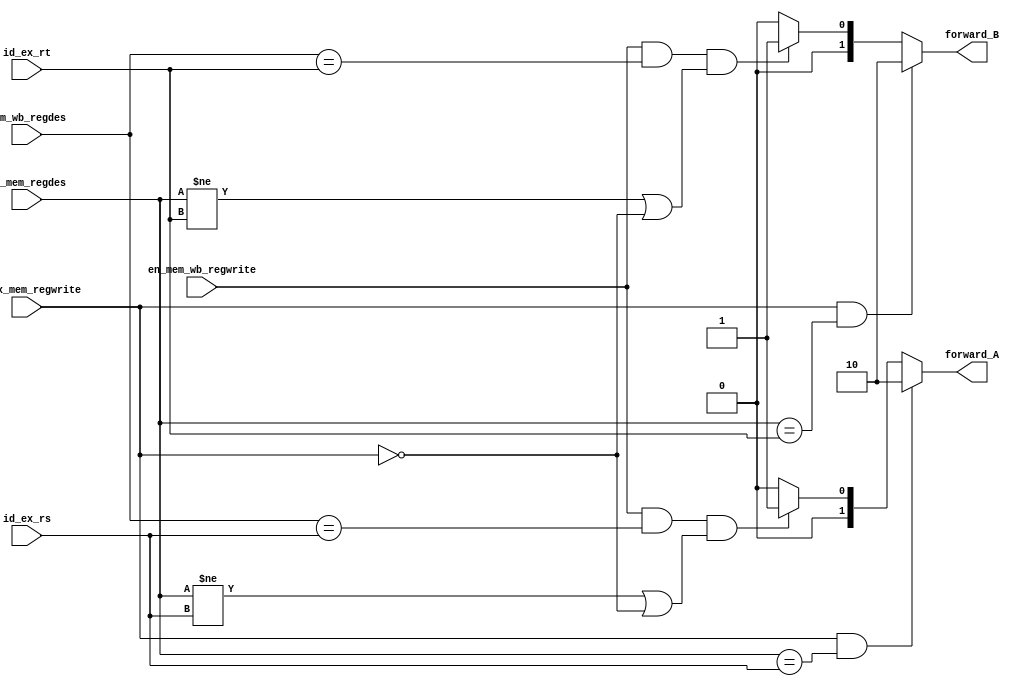
module forwarding_unit(
           input  wire      en_ex_mem_regwrite,
           input  wire[4:0] ex_mem_regdes,
           input  wire[4:0] id_ex_rs,
           input  wire[4:0] id_ex_rt,
           input  wire      en_mem_wb_regwrite,
           input  wire[4:0] mem_wb_regdes,

           output wire[1:0] forward_A,
           output wire[1:0] forward_B
       );

assign forward_A = (en_ex_mem_regwrite == 1 && ex_mem_regdes == id_ex_rs) ? 2'b10:
       (en_mem_wb_regwrite == 1 && mem_wb_regdes == id_ex_rs &&
       (ex_mem_regdes != id_ex_rs || en_ex_mem_regwrite == 0)) ? 2'b01 : 2'b00;

assign forward_B = (en_ex_mem_regwrite == 1 && ex_mem_regdes == id_ex_rt) ? 2'b10:
       (en_mem_wb_regwrite == 1 && mem_wb_regdes == id_ex_rt &&
       (ex_mem_regdes != id_ex_rt || en_ex_mem_regwrite == 0)) ? 2'b01 : 2'b00;

endmodule